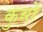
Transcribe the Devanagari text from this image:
कुचों